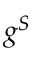
g ^ { S }